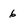
Character: 6